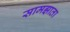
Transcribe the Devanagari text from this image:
सामझाता